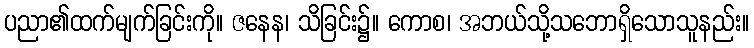
ပညာ၏ထက်မျက်ခြင်းကို။ ဇနေန၊ သိခြင်း၌။ ကောစ၊ အဘယ်သို့သဘောရှိသောသူနည်း။